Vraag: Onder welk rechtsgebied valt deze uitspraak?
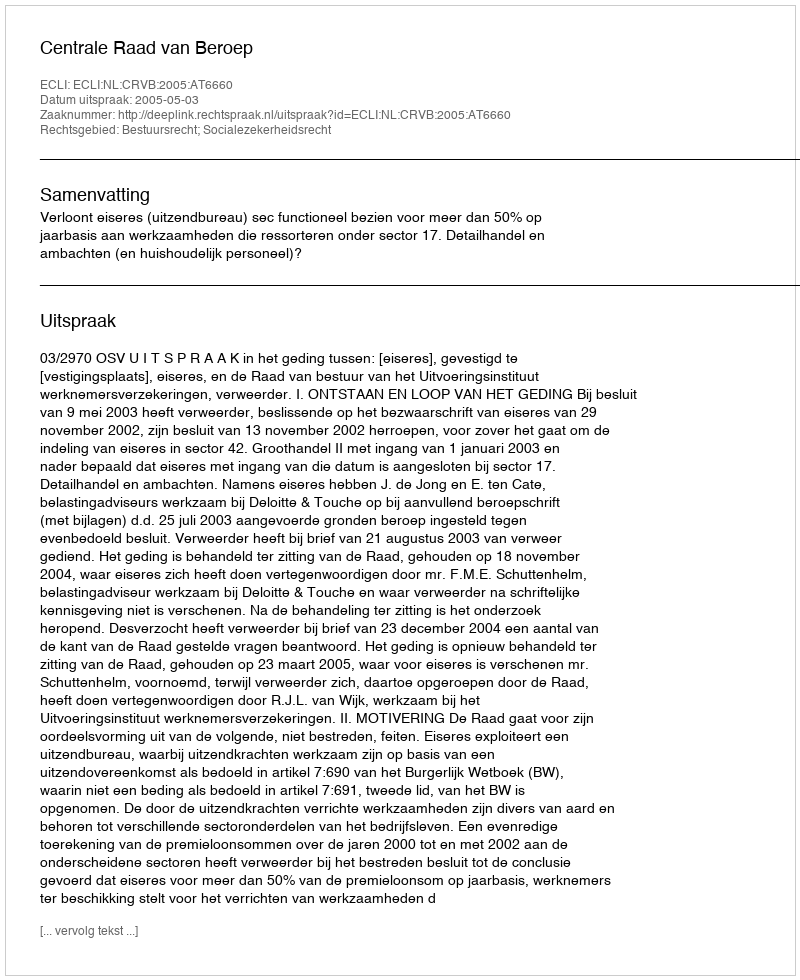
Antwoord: Bestuursrecht; Socialezekerheidsrecht